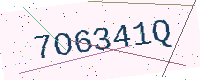
Text: 7O6341Q